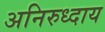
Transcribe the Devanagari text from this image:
अनिरुध्दाय